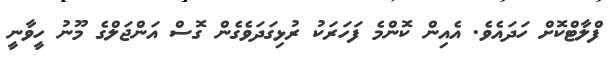
ފްލާޓްކޮށް ހަދައެވެ. އެއިން ކޮންމެ ފަހަރަކު ރުޅިގަދަވެގެން ގޮސް އަންޖަލްގެ މޫނު ހީވާނީ